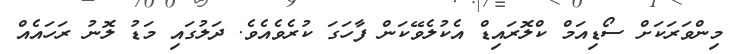
މިންވަރަކަށް ސޯޑިއަމް ކްލޮރައިޑް އެކުލެވޭކަން ފާހަގަ ކުރެވެއެވެ. ދަލުގައި މަޑު ލޮނު ރަހައެއް